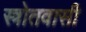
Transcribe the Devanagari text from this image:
स्त्रोतवासी